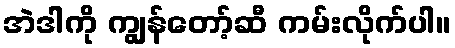
အဲဒါကို ကျွန်တော့်ဆီ ကမ်းလိုက်ပါ။